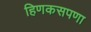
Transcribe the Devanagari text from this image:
हिणकसपणा